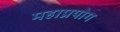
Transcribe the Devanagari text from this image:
महाप्रयोग